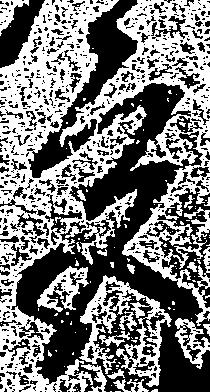
宮